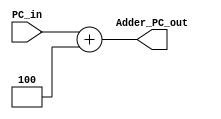
module Adder_32b(
	input [31:0] PC_in,
	output [31:0] Adder_PC_out
	);
	assign Adder_PC_out = PC_in + 32'd4 ;	
endmodule